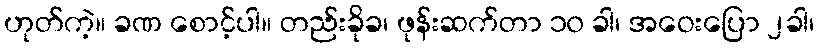
ဟုတ်ကဲ့။ ခဏ စောင့်ပါ။ တည်းခိုခ၊ ဖုန်းဆက်တာ ၁၀ ခါ၊ အဝေးပြော ၂ခါ၊